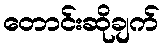
တောင်းဆိုချက်